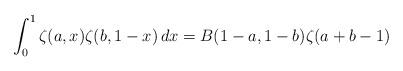
LaTeX: \begin{align*}\int_0^1\zeta(a,x)\zeta(b,1-x)\,dx=B(1-a,1-b)\zeta(a+b-1)\end{align*}